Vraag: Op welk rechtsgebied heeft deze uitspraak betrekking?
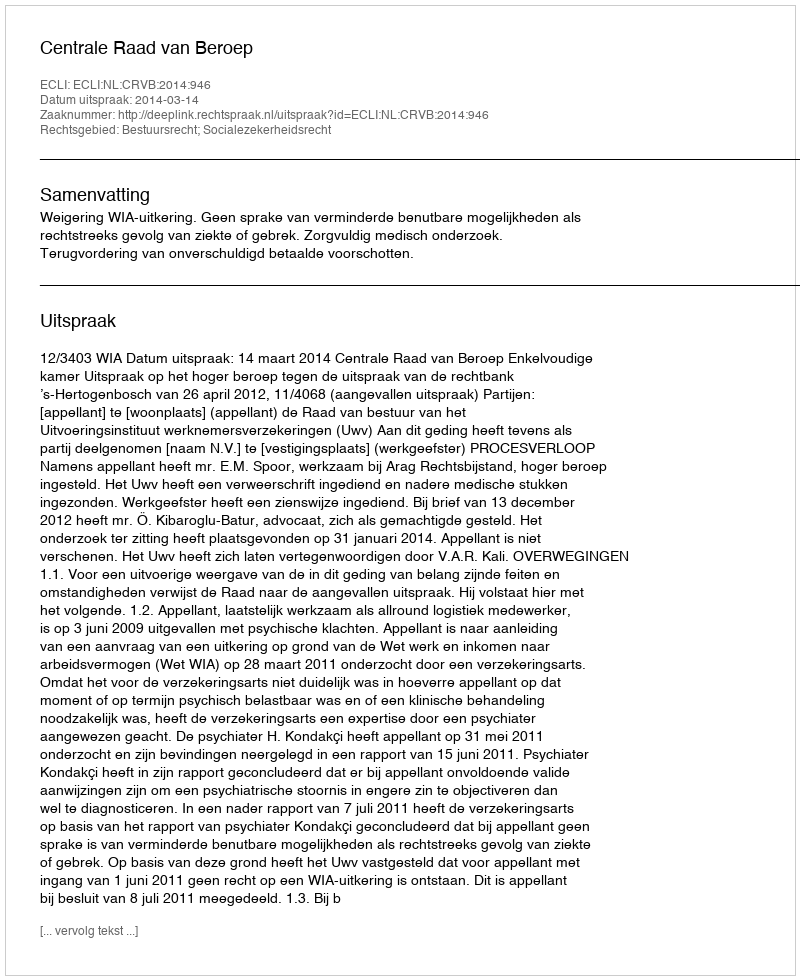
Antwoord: Bestuursrecht; Socialezekerheidsrecht